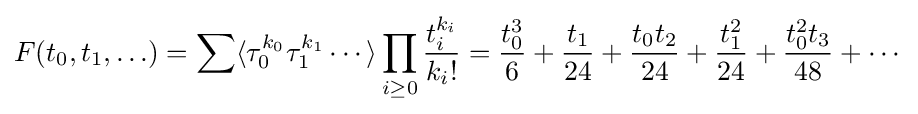
F(t_{0},t_{1},\ldots )=\sum \langle \tau _{0}^{k_{0}}\tau _{1}^{k_{1}}\cdots \rangle \prod _{i\geq 0}{\frac {t_{i}^{k_{i}}}{k_{i}!}}={\frac {t_{0}^{3}}{6}}+{\frac {t_{1}}{24}}+{\frac {t_{0}t_{2}}{24}}+{\frac {t_{1}^{2}}{24}}+{\frac {t_{0}^{2}t_{3}}{48}}+\cdots